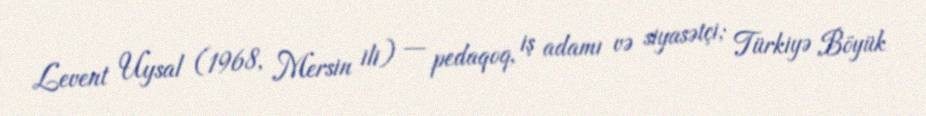
Levent Uysal (1968, Mersin ili) — pedaqoq, iş adamı və siyasətçi; Türkiyə Böyük